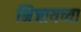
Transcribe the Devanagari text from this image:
भिजायच्या